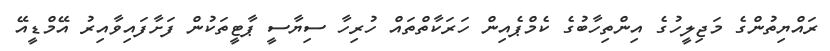
ރައްޔިތުންގެ މަޖިލީހުގެ އިންތިހާބުގެ ކެމްޕެއިން ހަރަކާތްތައް ހުރިހާ ސިޔާސީ ޕާޓީތަކުން ފަށާފައިވާއިރު އޭމްޑީއޭ